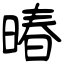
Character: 暙